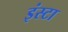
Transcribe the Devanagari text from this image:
इंस्टा